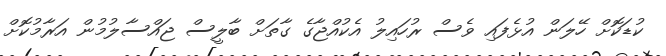
ކުޑަކޮށް ހޭލަން އުޅެފައި ވެސް ރުހައިލު އެކުއްޖާގެ ގާތަށް ބާލީސް ޖައްސާލުމުން އަރާމުކޮށް